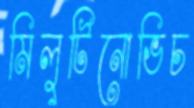
মিলুটিনোভিচ